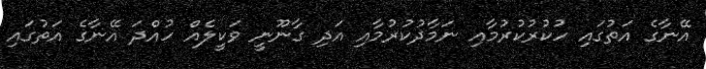
އޭނާގެ އަތުގައި ހުކުރުކުރުމާއި ނަމާދުކުރުމާއި އަދި ގާނޫނީ ވަކީލެއް ހުއްދަ އޭނާގެ އަތުގައި